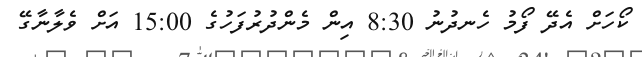
ކޯހަށް އެދޭ ފޯމު ހެނދުނު 8:30 އިން މެންދުރުފަހުގެ 15:00 އަށް ވެލާނާގޭ